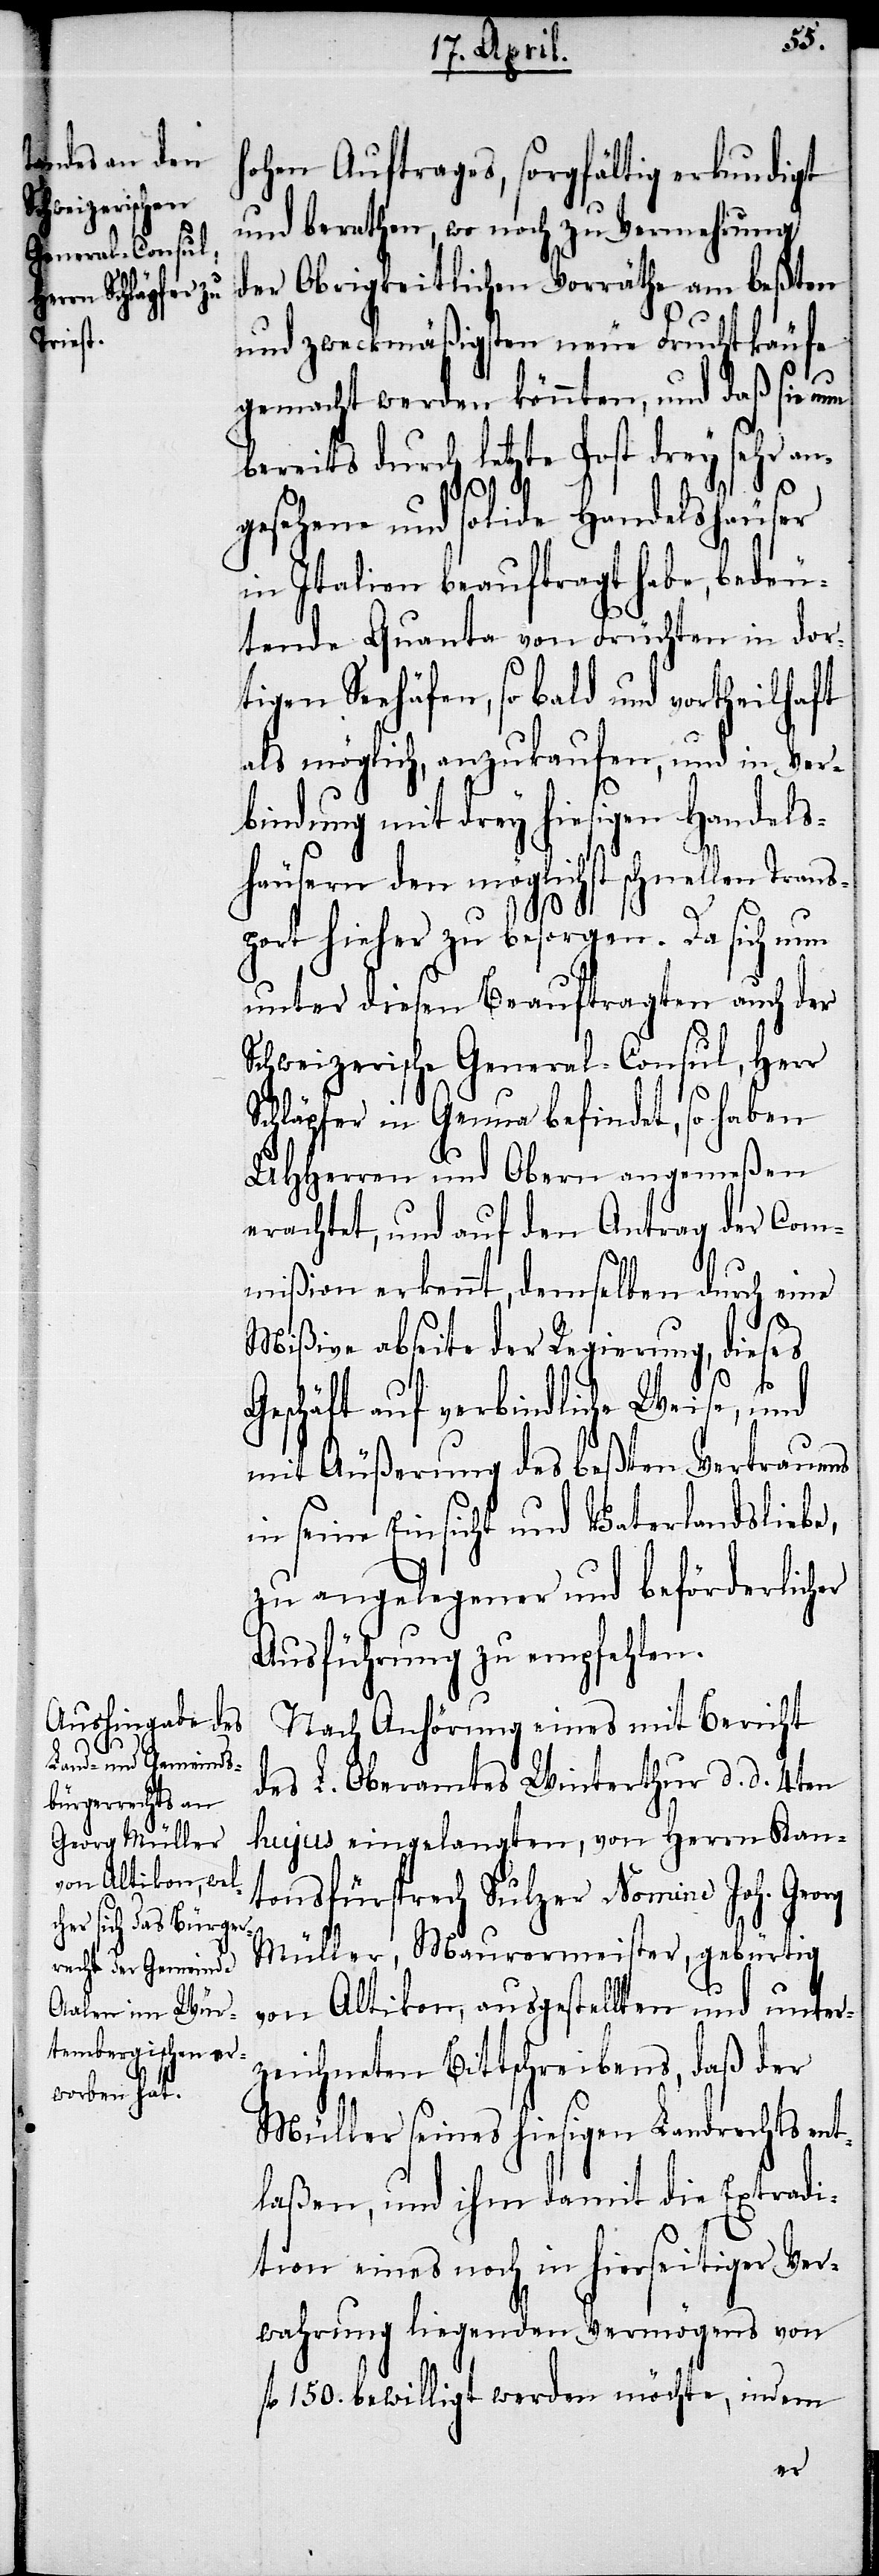
hohen Auftrages, sorgfältig erkundigt
und berathen, wo noch zu Vermehrung
der Obrigkeitlichen Vorräthe am beßten
und zweckmäßigsten neue Fruchtkäufe
gemacht werden könnten, und daß sie nun
bereits durch letzte Post drey sehr an¬
gesehene und solide Handelshäuser
in Italien beauftragt habe, bedeu¬
tende Quanta von Früchten in dor¬
tigen Seehäfen, so bald und vorteilhaft
als möglich, anzukaufen, und in Ver¬
bindung mit drey hiesigen Handels¬
häusern den möglichst schnellen Trans¬
rg
port hieher zu besorgen. Da sich nun
unter diesen Beauftragten auch der
Schweizerische General-Consul, Herr
Schläpfer in Genua befindet, so haben
UHHerren und Obern angemeßen
erachtet, und auf den Antrag der Com¬
mißion erkennt, demselben durch eine
Mißive abseite der Regierung, dieses
Geschäft auf verbindliche Weise, und
mit Äußerung des beßten Vertrauens
in seine Einsicht und Vaterlandsliebe,
zu angelegener und beförderlicher
Ausführung zu empfehlen.
Nach Anhörung eines mit Bericht
des L. Oberamtes Winterthur d. d. 4ten
hujus eingelangten, von Herrn Kan¬
tonsfürsprech Sulzer Nomine Joh. Geo¬
Müller, Maurermeister, gebürtig
von Altikon, ausgestellten und unter¬
zeichneten Bittschreibens, daß der
Müller seines hiesigen Landrechts ent¬
laßen, und ihm damit die Extradi¬
tion eines noch in hierseitiger Ver¬
wahrung liegenden Vermögens von
fl. 150. bewilligt werden möchte, indem